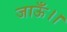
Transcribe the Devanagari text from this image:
जाऊँ।।